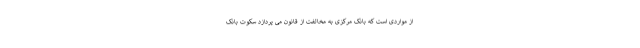
از مواردی است که بانک مرکزی به مخالفت از قانون می پردازد سکوت بانک